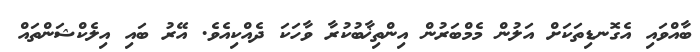
ބާއްވައި އެގޮނޑިތަކަށް އަލުން މެމްބަރުން އިންތިޚާބުކުރާ ވާހަކަ ދެއްކިއެވެ. އޭރު ބައި އިލެކްޝަންތައް